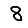
Digit: 8